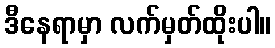
ဒီနေရာမှာ လက်မှတ်ထိုးပါ။